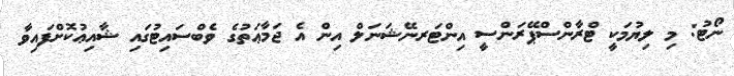
ނޯޓު: މި ލިޔުމަކީ ޓްރާންސްޕޭރަންސީ އިންޓަރނޭޝަނަލް އިން އެ ޖަމާޢަތުގެ ވެބްސައިޓުގައި ޝާއިޢުކޮށްފައިވާ